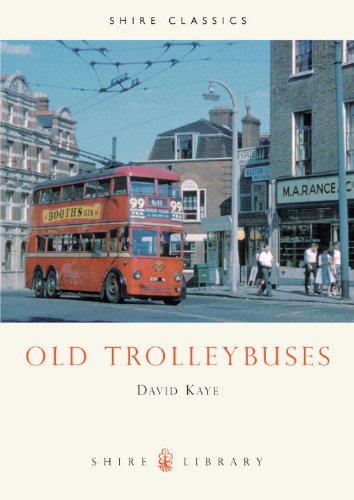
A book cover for Old Trolleybuses (Shire Library); David Kaye; Engineering & Transportation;